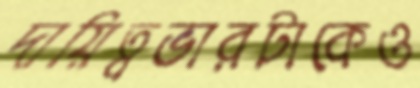
দায়িত্বভারটাকেও